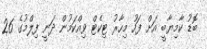
ބޮޑު ކާމިޔާބީ އަށް ފަހު މިހާރު ޓިކެޓް ވިއްކަމުން ދަނީ ފިލްމުގެ 26